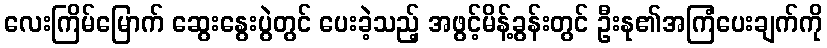
လေးကြိမ်မြောက် ဆွေးနွေးပွဲတွင် ပေးခဲ့သည့် အဖွင့်မိန့်ခွန်းတွင် ဦးနု၏အကြံပေးချက်ကို